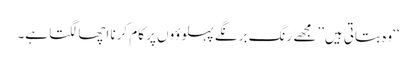
‘‘وہ بتاتی ہیں’’مجھے رنگ برنگے پہلوؤوں پر کام کرنا اچھا لگتا ہے۔